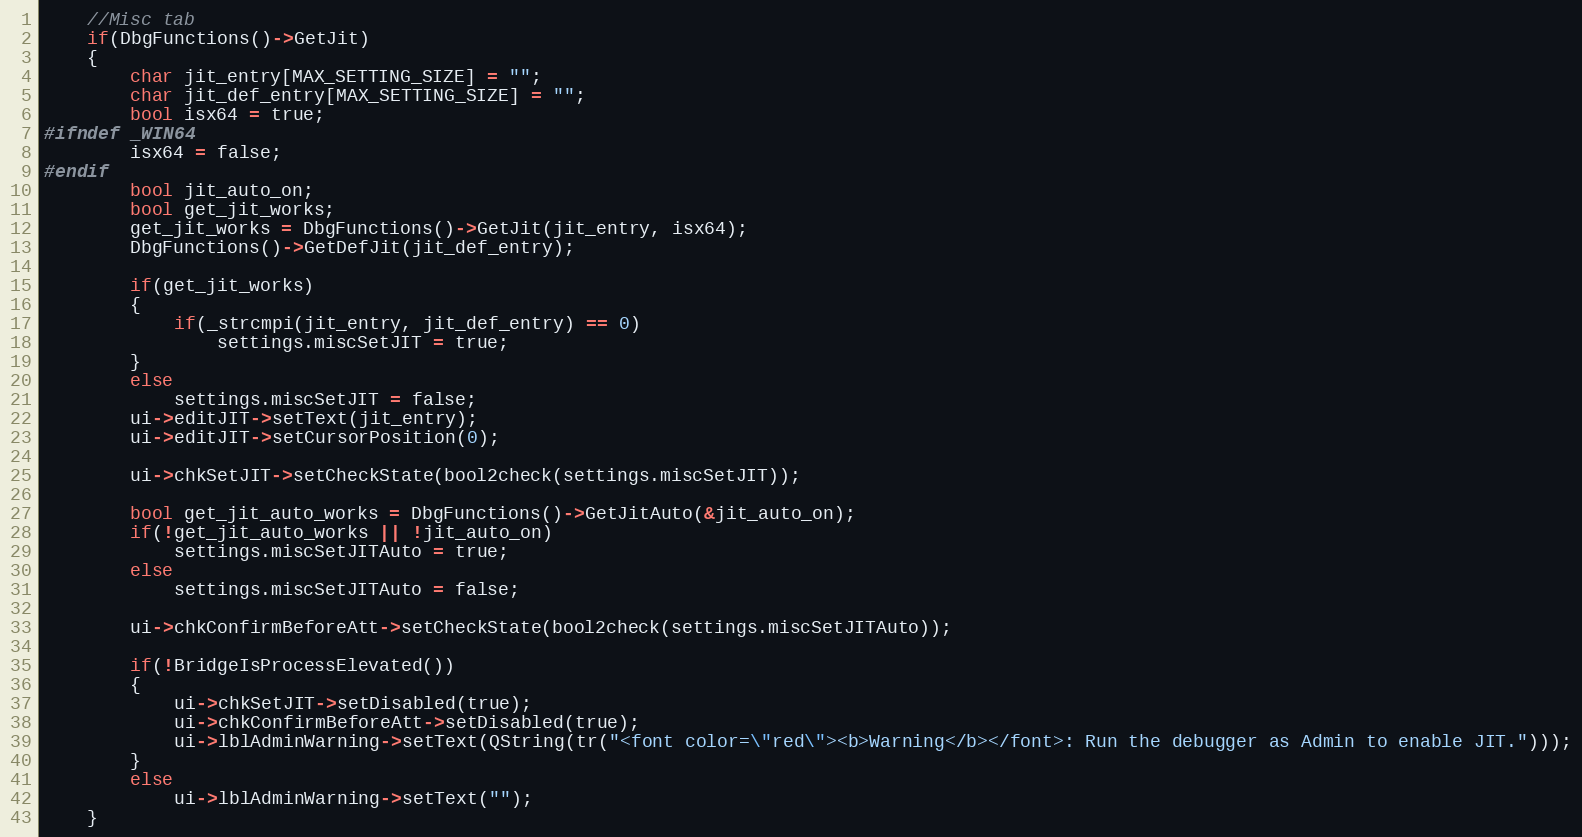
Language: C++
    //Misc tab
    if(DbgFunctions()->GetJit)
    {
        char jit_entry[MAX_SETTING_SIZE] = "";
        char jit_def_entry[MAX_SETTING_SIZE] = "";
        bool isx64 = true;
#ifndef _WIN64
        isx64 = false;
#endif
        bool jit_auto_on;
        bool get_jit_works;
        get_jit_works = DbgFunctions()->GetJit(jit_entry, isx64);
        DbgFunctions()->GetDefJit(jit_def_entry);

        if(get_jit_works)
        {
            if(_strcmpi(jit_entry, jit_def_entry) == 0)
                settings.miscSetJIT = true;
        }
        else
            settings.miscSetJIT = false;
        ui->editJIT->setText(jit_entry);
        ui->editJIT->setCursorPosition(0);

        ui->chkSetJIT->setCheckState(bool2check(settings.miscSetJIT));

        bool get_jit_auto_works = DbgFunctions()->GetJitAuto(&jit_auto_on);
        if(!get_jit_auto_works || !jit_auto_on)
            settings.miscSetJITAuto = true;
        else
            settings.miscSetJITAuto = false;

        ui->chkConfirmBeforeAtt->setCheckState(bool2check(settings.miscSetJITAuto));

        if(!BridgeIsProcessElevated())
        {
            ui->chkSetJIT->setDisabled(true);
            ui->chkConfirmBeforeAtt->setDisabled(true);
            ui->lblAdminWarning->setText(QString(tr("<font color=\"red\"><b>Warning</b></font>: Run the debugger as Admin to enable JIT.")));
        }
        else
            ui->lblAdminWarning->setText("");
    }